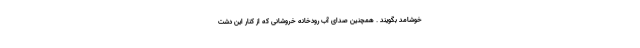
خوشامد بگویند . همچنین صدای آب رودخانه‌ خروشانی که از کنار این دشت